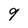
Character: 9